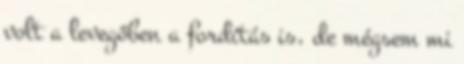
volt a levegőben a fordítás is, de mégsem mi